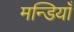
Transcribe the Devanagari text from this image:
मन्डियाँ